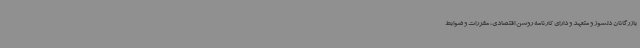
بازرگانان دلسوز و متعهد و دارای کارنامه روشن اقتصادی، مقررات و ضوابط